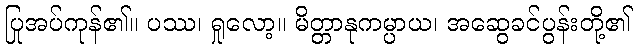
ပြုအပ်ကုန်၏။ ပဿ၊ ရှုလော့။ မိတ္တာနုကမ္ပာယ၊ အဆွေခင်ပွန်းတို့၏